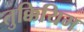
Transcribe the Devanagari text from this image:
तुक्कियिम